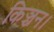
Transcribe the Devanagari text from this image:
किञ्चन।